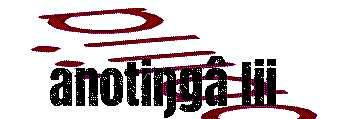
anotiŋgâ lii